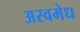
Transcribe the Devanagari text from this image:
अस्वमेध